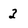
Character: 3